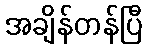
အချိန်တန်ပြီ